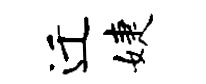
迁婕